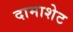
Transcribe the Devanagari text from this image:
दामाशेट